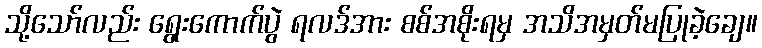
သို့သော်လည်း ရွေးကောက်ပွဲ ရလဒ်အား စစ်အစိုးရမှ အသိအမှတ်မပြုခဲ့ချေ။